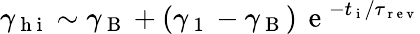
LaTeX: \gamma_{\mathrm{~h~i~}}\sim\gamma_{\mathrm{~B~}}+(\gamma_{\mathrm{~1~}}-\gamma_{\mathrm{~B~}})\, \mathrm{~e~}^{-t_{\mathrm{~i~}}/\tau_{\mathrm{~r~e~v~}}}